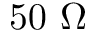
5 0 \ \Omega